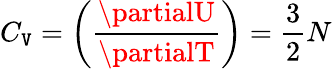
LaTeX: C_{\mathtt{V}}=\biggl({\frac{{\partialU}}{{\partialT}}}\biggr)={\frac{{3}}{{2}}}N